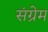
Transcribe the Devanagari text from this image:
संग्रेम